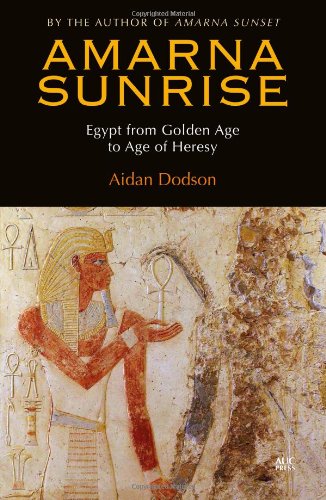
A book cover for Amarna Sunrise: Egypt from Golden Age to Age of Heresy; Aidan Dodson; Religion & Spirituality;